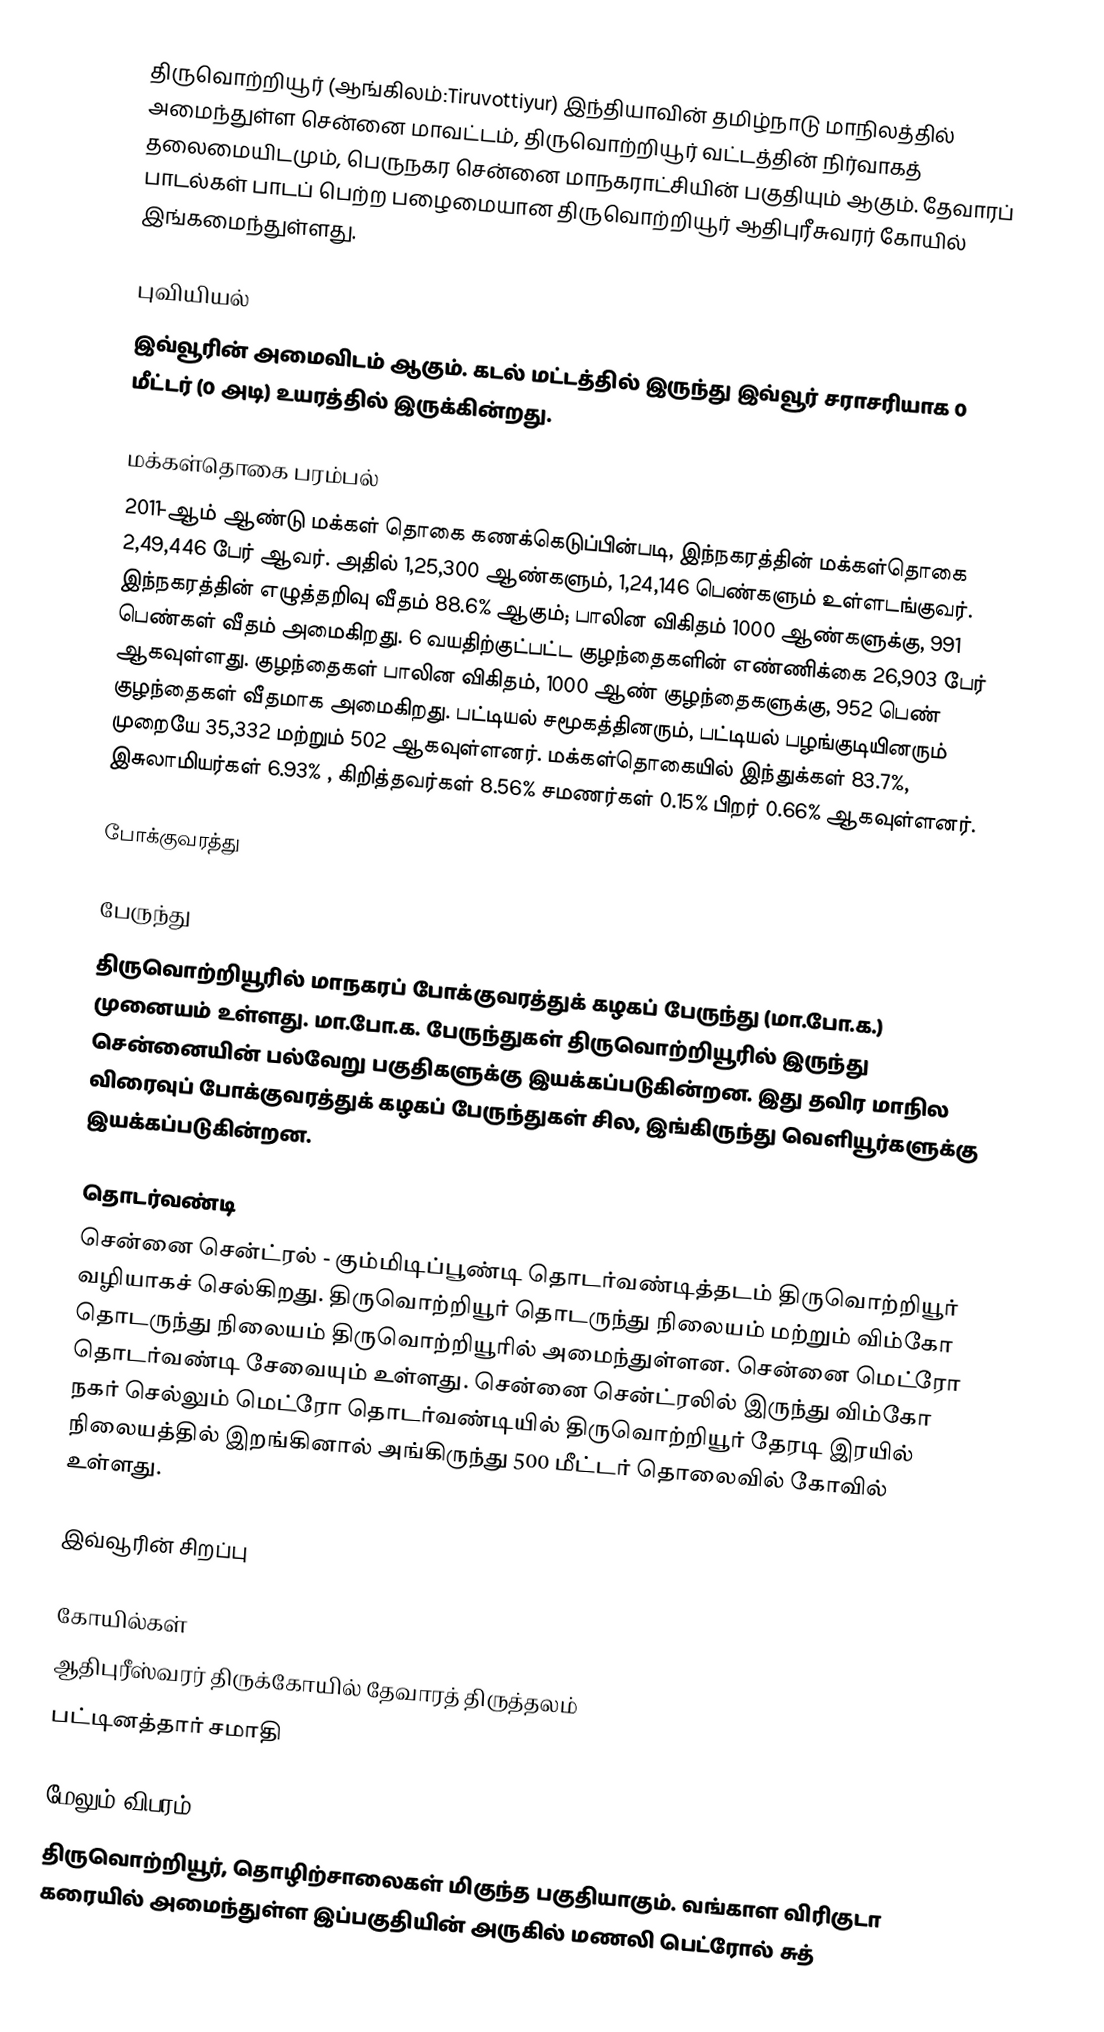
திருவொற்றியூர் (ஆங்கிலம்:Tiruvottiyur) இந்தியாவின் தமிழ்நாடு மாநிலத்தில் அமைந்துள்ள சென்னை மாவட்டம்,  திருவொற்றியூர் வட்டத்தின் நிர்வாகத் தலைமையிடமும், பெருநகர சென்னை மாநகராட்சியின் பகுதியும் ஆகும். தேவாரப் பாடல்கள் பாடப் பெற்ற பழைமையான திருவொற்றியூர் ஆதிபுரீசுவரர் கோயில் இங்கமைந்துள்ளது.

புவியியல்
இவ்வூரின் அமைவிடம்  ஆகும். கடல் மட்டத்தில் இருந்து இவ்வூர் சராசரியாக 0 மீட்டர் (0 அடி) உயரத்தில் இருக்கின்றது.

மக்கள்தொகை பரம்பல்
2011-ஆம் ஆண்டு மக்கள் தொகை கணக்கெடுப்பின்படி, இந்நகரத்தின் மக்கள்தொகை 2,49,446 பேர் ஆவர். அதில் 1,25,300 ஆண்களும்,  1,24,146 பெண்களும் உள்ளடங்குவர். இந்நகரத்தின் எழுத்தறிவு வீதம் 88.6%  ஆகும்; பாலின விகிதம் 1000 ஆண்களுக்கு, 991 பெண்கள் வீதம் அமைகிறது. 6 வயதிற்குட்பட்ட குழந்தைகளின் எண்ணிக்கை 26,903 பேர் ஆகவுள்ளது. குழந்தைகள் பாலின விகிதம், 1000 ஆண் குழந்தைகளுக்கு,  952 பெண் குழந்தைகள்  வீதமாக அமைகிறது. பட்டியல் சமூகத்தினரும், பட்டியல் பழங்குடியினரும்  முறையே 35,332 மற்றும் 502 ஆகவுள்ளனர். மக்கள்தொகையில் இந்துக்கள்  83.7%,  இசுலாமியர்கள் 6.93% , கிறித்தவர்கள் 8.56% சமணர்கள் 0.15%  பிறர் 0.66% ஆகவுள்ளனர்.

போக்குவரத்து

பேருந்து
திருவொற்றியூரில் மாநகரப் போக்குவரத்துக் கழகப் பேருந்து (மா.போ.க.) முனையம் உள்ளது. மா.போ.க. பேருந்துகள் திருவொற்றியூரில் இருந்து சென்னையின் பல்வேறு பகுதிகளுக்கு இயக்கப்படுகின்றன. இது தவிர மாநில விரைவுப் போக்குவரத்துக் கழகப் பேருந்துகள் சில, இங்கிருந்து வெளியூர்களுக்கு இயக்கப்படுகின்றன.

தொடர்வண்டி
சென்னை சென்ட்ரல்  - கும்மிடிப்பூண்டி தொடர்வண்டித்தடம் திருவொற்றியூர் வழியாகச் செல்கிறது. திருவொற்றியூர் தொடருந்து நிலையம் மற்றும் விம்கோ தொடருந்து நிலையம் திருவொற்றியூரில் அமைந்துள்ளன. சென்னை மெட்ரோ  தொடர்வண்டி சேவையும் உள்ளது. சென்னை சென்ட்ரலில் இருந்து விம்கோ நகர் செல்லும் மெட்ரோ தொடர்வண்டியில் திருவொற்றியூர் தேரடி இரயில் நிலையத்தில் இறங்கினால் அங்கிருந்து 500 மீட்டர் தொலைவில் கோவில் உள்ளது.

இவ்வூரின் சிறப்பு

கோயில்கள்
 ஆதிபுரீஸ்வரர் திருக்கோயில் தேவாரத் திருத்தலம்
 பட்டினத்தார் சமாதி

மேலும் விபரம்
திருவொற்றியூர், தொழிற்சாலைகள் மிகுந்த பகுதியாகும். வங்காள விரிகுடா கரையில் அமைந்துள்ள இப்பகுதியின் அருகில் மணலி பெட்ரோல் சுத்